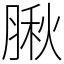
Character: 䐐